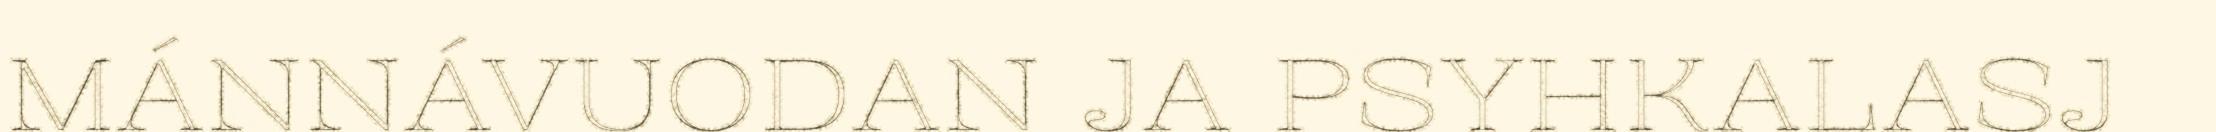
MÁNNÁVUODAN JA PSYHKALASJ